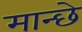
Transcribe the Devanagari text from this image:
मान्छे